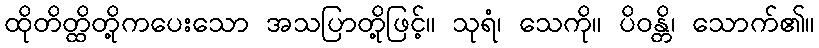
ထိုတိတ္ထိတို့ကပေးသော အသပြာတို့ဖြင့်။ သုရံ၊ သေကို။ ပိဝန္တိ၊ သောက်၏။